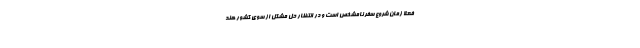
فعلا زمان شروع سفر نامشخص است و در انتظار حل مشکل از سوی کشور هند